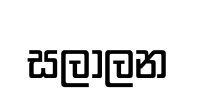
සලාලන